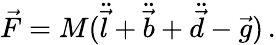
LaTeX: \begin{array}{r}{\vec{F}=M(\ddot{\vec{l}}+\ddot{\vec{b}}+\ddot{\vec{d}}-\vec{g})\, .}\end{array}